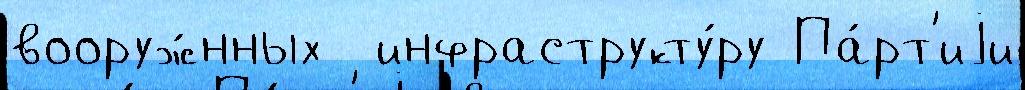
вооруж́нных  инфраструкту́ру Па́рт'иjи